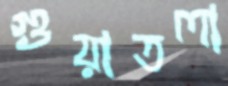
গুয়াতলা